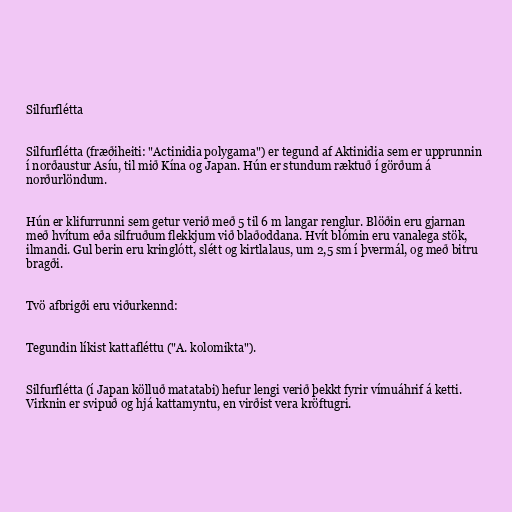
Silfurflétta

Silfurflétta (fræðiheiti: "Actinidia polygama") er tegund af Aktinidia sem er upprunnin
í norðaustur Asíu, til mið Kína og Japan. Hún er stundum ræktuð í görðum á
norðurlöndum.

Hún er klifurrunni sem getur verið með 5 til 6 m langar renglur. Blöðin eru gjarnan
með hvítum eða silfruðum flekkjum við blaðoddana. Hvít blómin eru vanalega stök,
ilmandi. Gul berin eru kringlótt, slétt og kirtlalaus, um 2,5 sm í þvermál, og með bitru
bragði.

Tvö afbrigði eru viðurkennd:

Tegundin líkist kattafléttu ("A. kolomikta").

Silfurflétta (í Japan kölluð matatabi) hefur lengi verið þekkt fyrir vímuáhrif á ketti.
Virknin er svipuð og hjá kattamyntu, en virðist vera kröftugri.